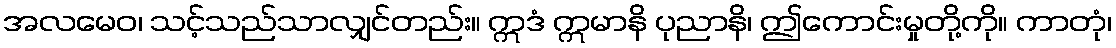
အလမေဝ၊ သင့်သည်သာလျှင်တည်း။ ဣဒံ ဣမာနိ ပုညာနိ၊ ဤကောင်းမှုတို့ကို။ ကာတုံ၊